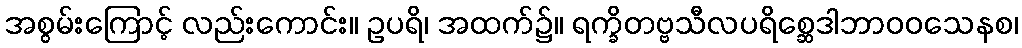
အစွမ်းကြောင့် လည်းကောင်း။ ဥပရိ၊ အထက်၌။ ရက္ခိတဗ္ဗသီလပရိစ္ဆေဒါဘာဝဝသေနစ၊